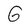
Character: G